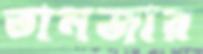
তানজার